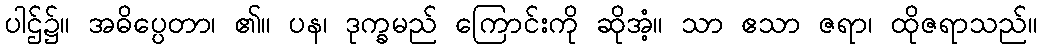
ပါဌ်၌။ အဓိပ္ပေတာ၊ ၏။ ပန၊ ဒုက္ခမည် ကြောင်းကို ဆိုအံ့။ သာ ဧသာ ဇရာ၊ ထိုဇရာသည်။